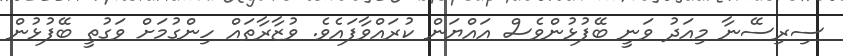
ސިރިސޭނާ މިއަދު ވަނީ ބޭފުޅުންވެސް އައްޔަން ކުރައްވާފައެވެ. ވުޒާރާތައް ހިންގުމަށް ވަގުތީ ބޭފުޅުން